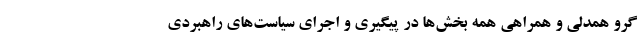
گرو همدلی و همراهی همه بخش‌ها در پیگیری و اجرای سیاست‌های راهبردی